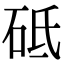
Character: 砥